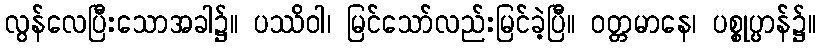
လွန်လေပြီးသောအခါ၌။ ပဿိဝါ၊ မြင်သော်လည်းမြင်ခဲ့ပြီ။ ဝတ္တမာနေ၊ ပစ္စုပ္ပာန်၌။